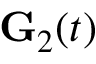
{ \bf G } _ { 2 } ( t )